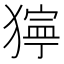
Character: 𤡛